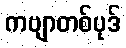
ကဗျာတစ်ပုဒ်